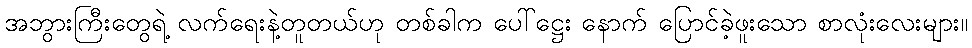
အဘွားကြီးတွေရဲ့ လက်ရေးနဲ့တူတယ်ဟု တစ်ခါက ပေါ်ဋ္ဌေး နောက် ပြောင်ခဲ့ဖူးသော စာလုံးလေးများ။